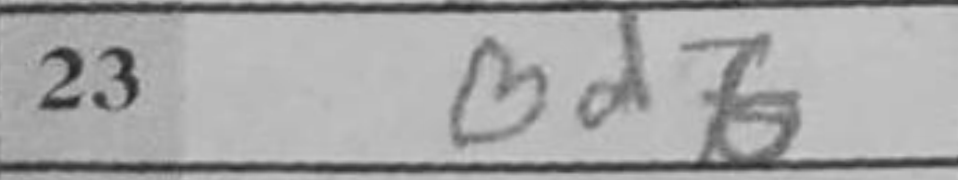
Transcription: Bd7